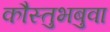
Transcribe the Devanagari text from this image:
कौस्तुभबुवा